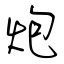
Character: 炮